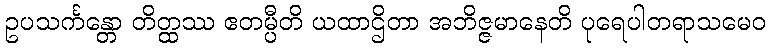
ဥပသင်္ကန္တော တိတ္ထဿ ဧတမ္ပီတိ ယထာဌိတာ အဘိဇ္ဇမာနေတိ ပုရေပါတရာသမေဝ